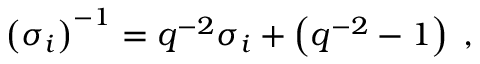
\left( \sigma _ { i } \right) ^ { - 1 } = q ^ { - 2 } \sigma _ { i } + \left( q ^ { - 2 } - 1 \right) \; ,